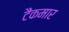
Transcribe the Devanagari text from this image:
टैंकमार